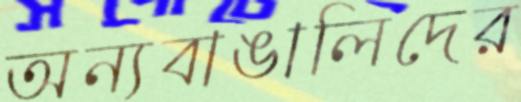
অন্যবাঙালিদের